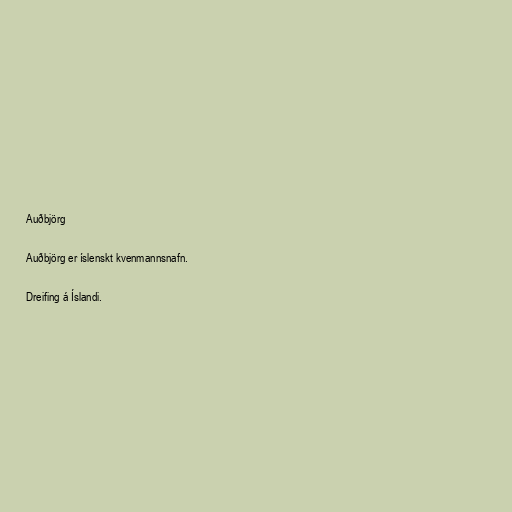
Auðbjörg

Auðbjörg er íslenskt kvenmannsnafn.

Dreifing á Íslandi.